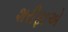
શરીફાએ